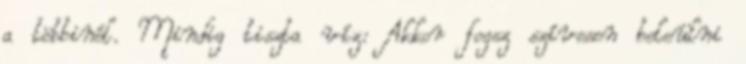
a többinél. Mindig tiszta víz: Akkor fogsz szívesen beleülni